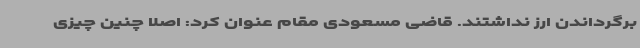
برگرداندن ارز نداشتند. قاضی مسعودی مقام عنوان کرد: اصلا چنین چیزی